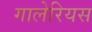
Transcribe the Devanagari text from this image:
गालेरियस